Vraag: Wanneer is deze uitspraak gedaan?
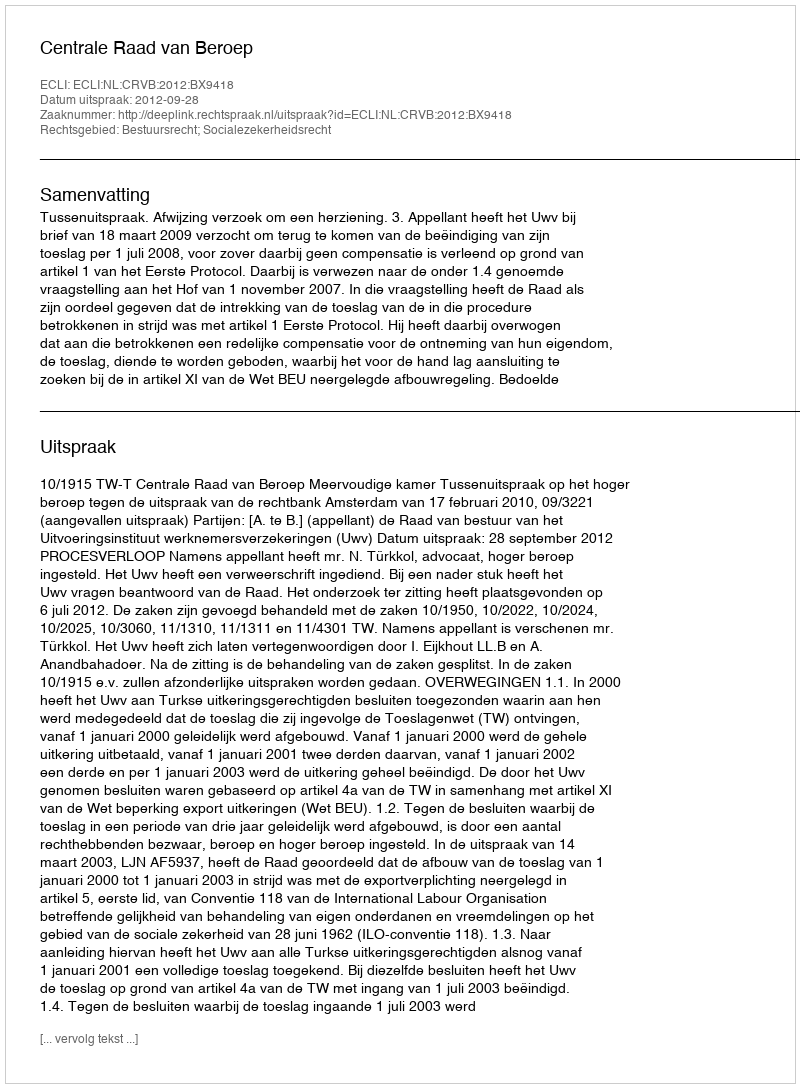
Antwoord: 2012-09-28